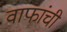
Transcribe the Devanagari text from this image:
वाफांची